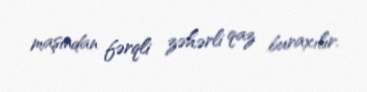
maşından fərqli zəhərli qaz buraxılır.